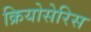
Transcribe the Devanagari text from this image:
क्रियोसेरिस